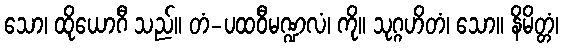
သော၊ ထိုယောဂီ သည်။ တံ-ပထဝီမဏ္ဍလံ၊ ကို။ သုဂ္ဂဟိတံ၊ သော။ နိမိတ္တံ၊